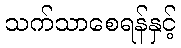
သက်သာစေရန်နှင့်